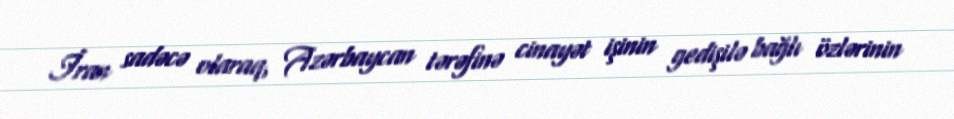
İran sadəcə olaraq, Azərbaycan tərəfinə cinayət işinin gedişilə bağlı özlərinin